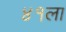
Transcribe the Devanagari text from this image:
४१ला